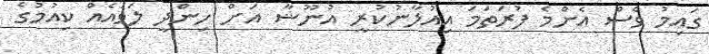
ގައިމު ވެސް އެންމެ ފުރަތަމަ އިއުލާނުކުރީ އުނޫޝާ އަށް ހިންދީ ލަވައެއް ކިއުމުގެ